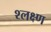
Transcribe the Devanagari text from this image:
श्लक्ष्ण